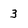
Character: 3